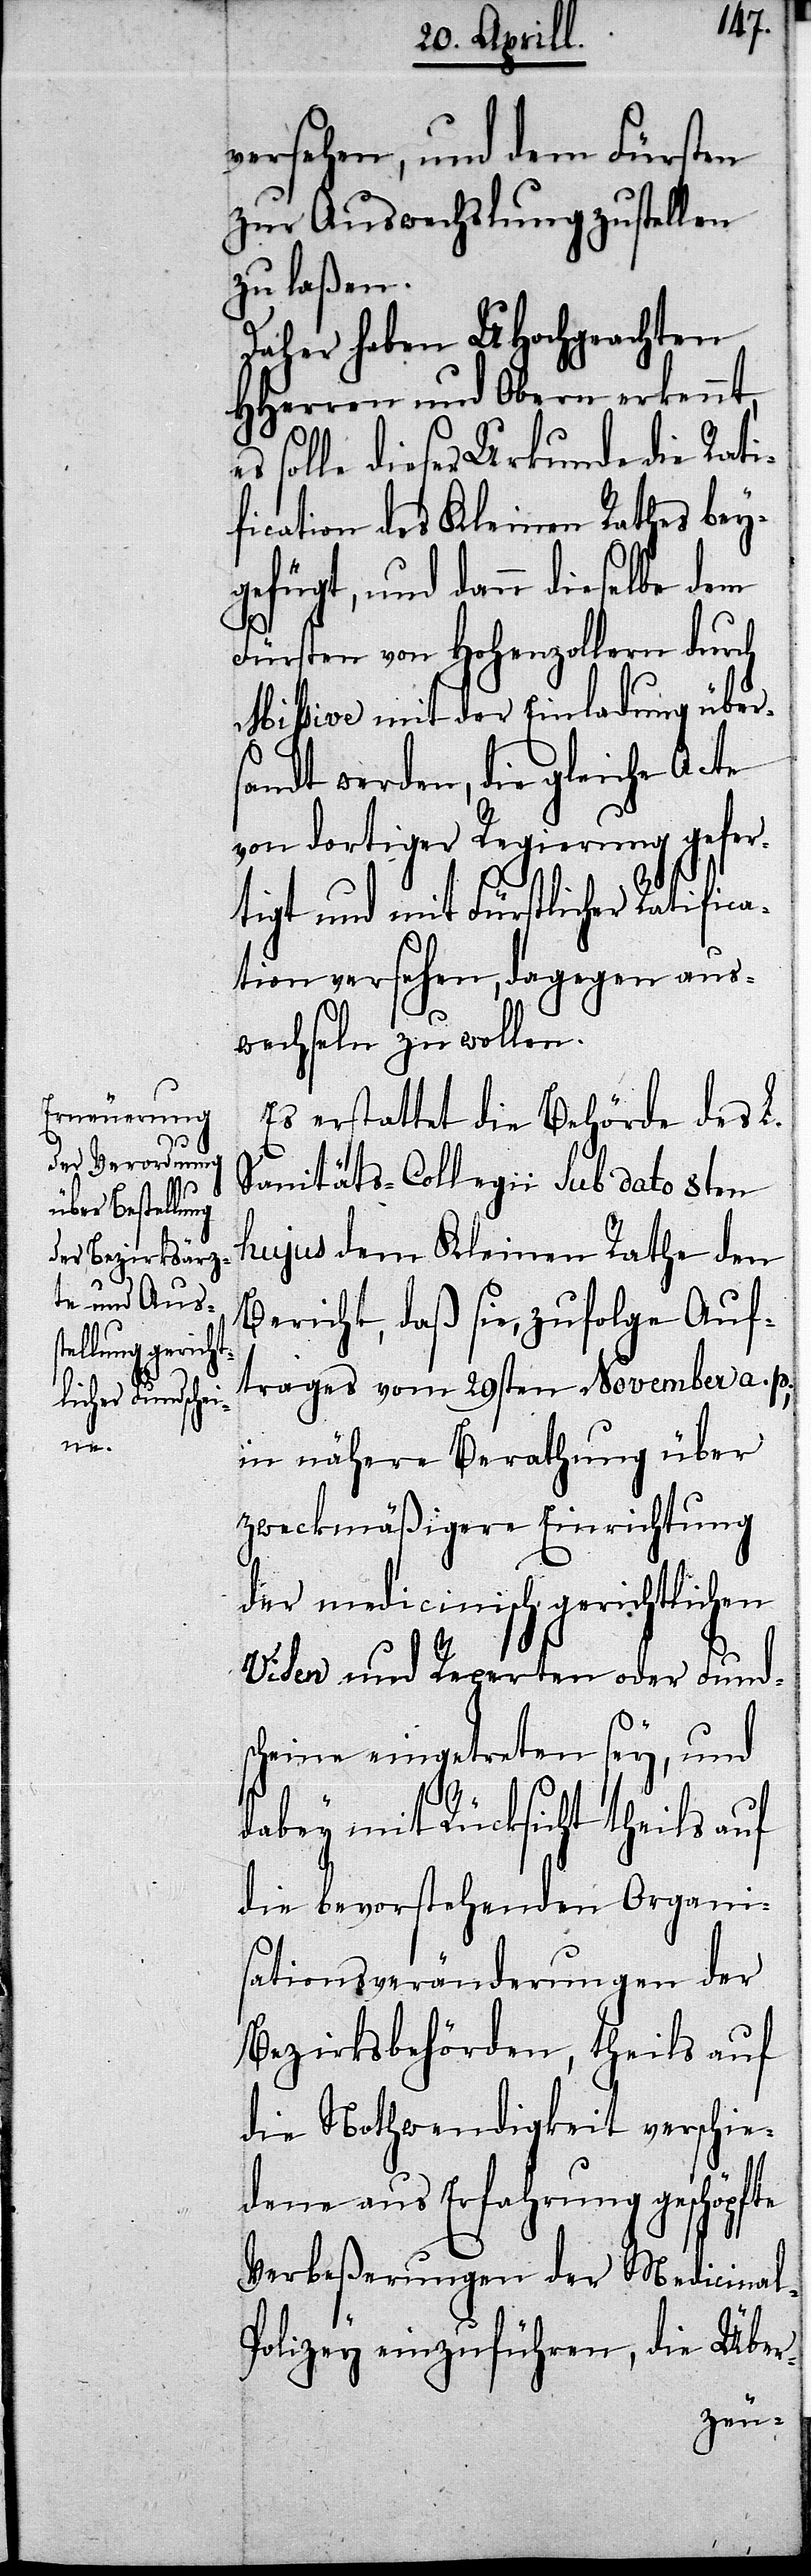
l-P¬

versehen, und dem Fürsten
zur Auswechslung zustellen
zu laßen.
Daher haben UHochgeachten
HHerren und Obern erkennt,
solle dieser Urkunde die Rati¬
fication des Kleinen Rathes bey¬
gefügt, und dann dieselbe dem
Fürsten von Hohenzollern durch
Missive mit der Einladung über¬
sandt werden, die gleiche Acte
von dortiger Regierung gefer¬
tigt und mit Fürstlicher Ratific¬
ation versehen, dagegen aus¬
wechseln zu wollen.
Es erstattet die Behörde des L.
Sanitäts-Collegii sub dato 8ten
hujus dem Kleinen Rathe den
Bericht, daß sie, zufolge Auf¬
trages vom 29sten November a. p.,
in nähere Berathung über
zweckmäßigere Einrichtung
der medicinisch gerichtlichen
Viden und Reparten oder Funds¬
cheine eingetreten sey, und
dabey mit Rücksicht theils auf
die bevorstehenden Organi¬
sationsveränderungen der
Bezirksbehörden, theils auf
die Nothwendigkeit verschie¬
dene aus Erfahrung geschöpfte
Verbeßerungen der Medicina¬
olizey einzuführen, die Über-